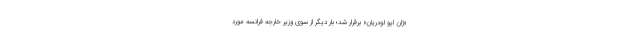
«ژان ایو لودریان» برقرار شد؛ بار دیگر از سوی وزیر خارجه فرانسه مورد